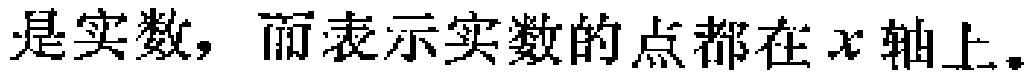
是实数，而表示实数的点都在\(x\)轴上。